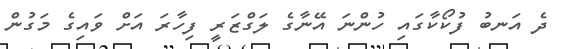
ދެ އަނބު ފުކޯކާގައި ހުންނަ އޭނާގެ ލަގްޒަރީ ފިހާރަ އަށް ވައިގެ މަގުން